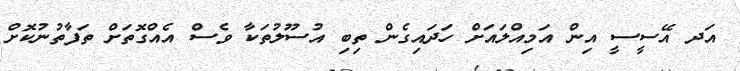
އަދ އޭސީސީ އިން އަމިއްލައަށް ހަދައިގެން ތިބި އުސޫލުތަކާ ވެސް އެއްގޮތަށް ތަފާތުނުކޮށް